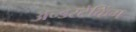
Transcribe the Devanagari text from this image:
अन्डरटेकिंग